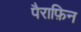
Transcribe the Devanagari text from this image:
पैराफ़िन